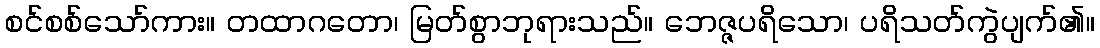
စင်စစ်သော်ကား။ တထာဂတော၊ မြတ်စွာဘုရားသည်။ ဘေဇ္ဇပရိသော၊ ပရိသတ်ကွဲပျက်၏။